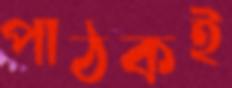
পাঠকই